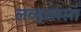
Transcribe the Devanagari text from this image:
लव्हालला